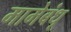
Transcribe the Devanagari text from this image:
मामेबंधू